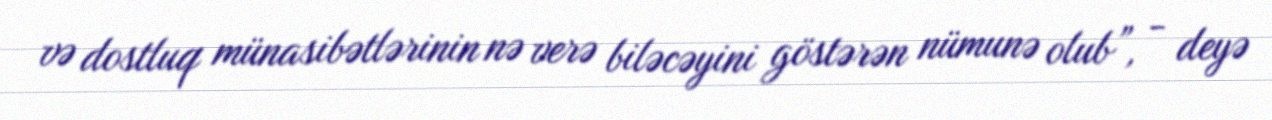
və dostluq münasibətlərinin nə verə biləcəyini göstərən nümunə olub”, - deyə